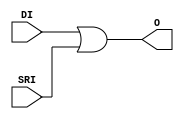
module OR2L (
  output O,
  input DI,
  (* invertible_pin = "IS_SRI_INVERTED" *)
  input SRI
);
  parameter [0:0] IS_SRI_INVERTED = 1'b0;
  assign O = DI | (SRI ^ IS_SRI_INVERTED);
endmodule